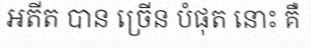
អតីត បាន ច្រើន បំផុត នោះ គឺ